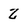
Character: z